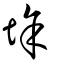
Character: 𡌘